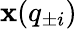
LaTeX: {\mathbf x}({q}_{\pm i})